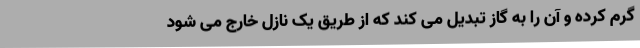
گرم کرده و آن را به گاز تبدیل می کند که از طریق یک نازل خارج می شود